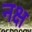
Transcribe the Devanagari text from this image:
नक्ष